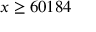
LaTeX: x \geq 6 0 1 8 4